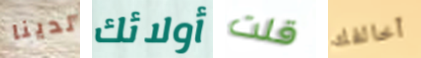
لدينا أولائك قلت أخالفك